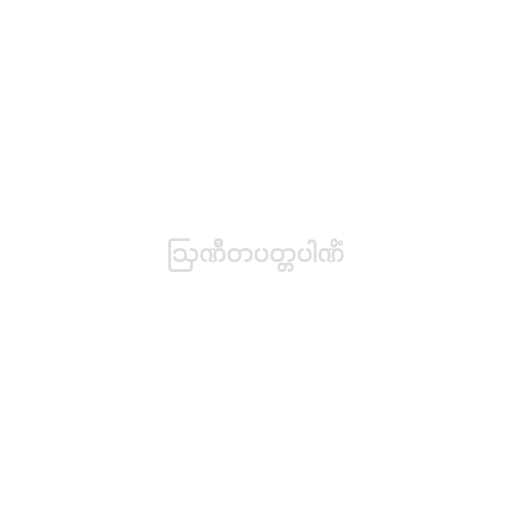
ဩဏီတပတ္တပါဏိံ